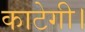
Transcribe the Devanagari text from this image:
काटेगी।